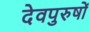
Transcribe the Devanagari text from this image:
देवपुरुषों